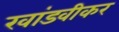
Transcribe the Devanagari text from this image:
खांडवीकर